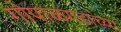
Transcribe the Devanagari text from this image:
गोपाळगडाच्या